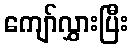
ကျော်လွှားပြီး